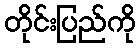
တိုင်းပြည်ကို